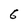
Character: 6